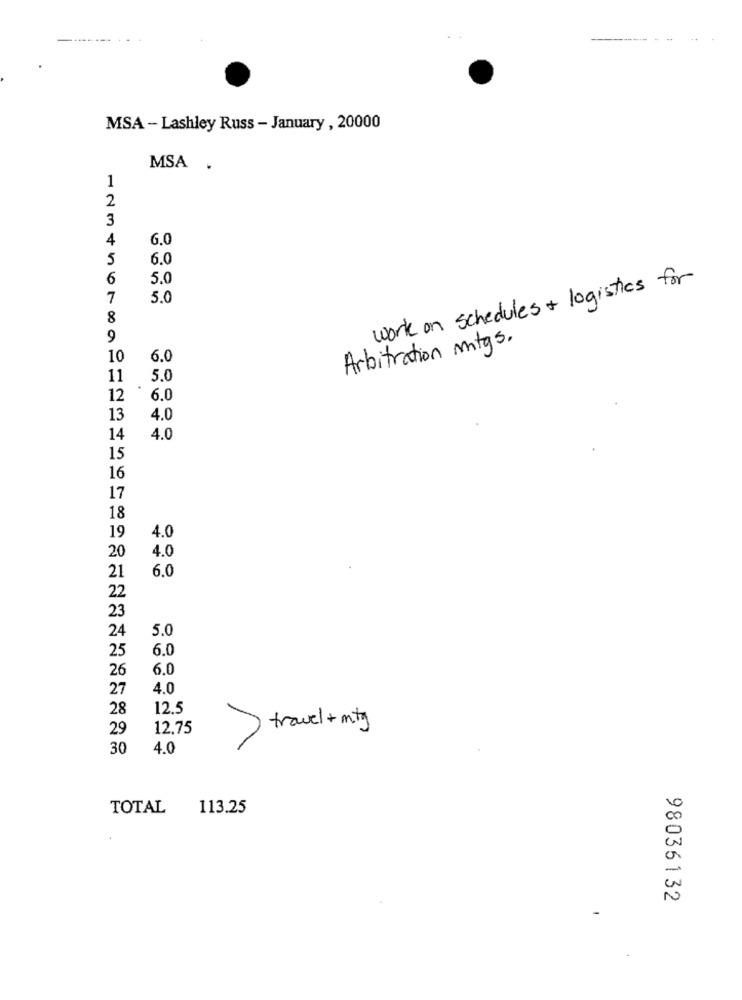
-........
MSA - Lashley Russ - January , 20000
MSA .
1
2
3
4
6.0
5
6.0
6
5.0
work on schedules + logistics for
7
5.0
8
9
Arbitration mtgs.
10
6.0
11
5.0
12
6.0
13
4.0
14
4.0
15
16
17
18
19
4.0
20
4.0
6.0
21
22
23
24
5.0
25
6.0
26
6.0
27
4.0
28
12.5
29
12,75
travel+ mitg
30
4.0
TOTAL
113.25
98036132